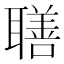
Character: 𦗢